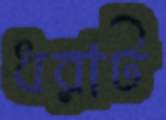
ধরাট